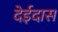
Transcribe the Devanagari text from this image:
देईदास